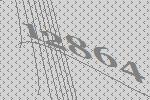
12864